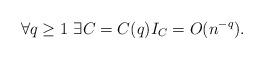
LaTeX: \begin{align*} \forall q\geq 1~\exists C=C(q)I_C= O(n^{-q}).\end{align*}